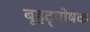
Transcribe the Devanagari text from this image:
बृहद्पोषक